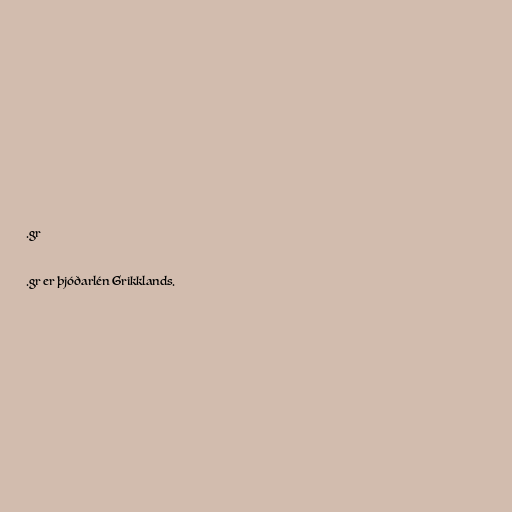
.gr

.gr er þjóðarlén Grikklands.